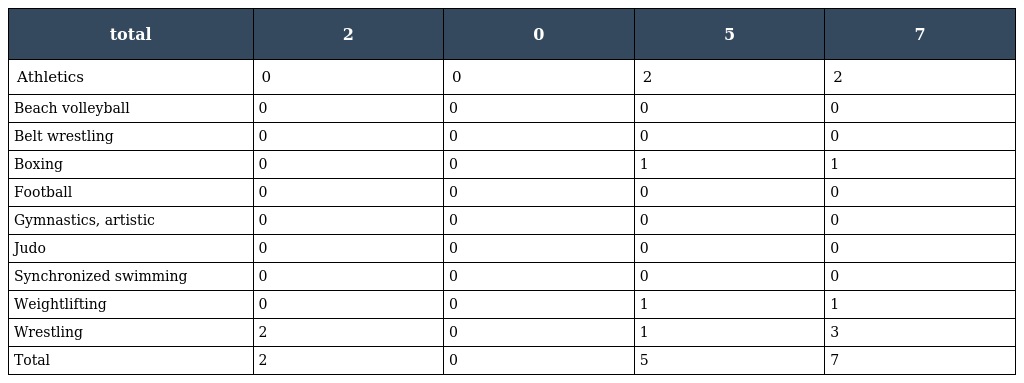
| total | 2 | 0 | 5 | 7 |
 | --- | --- | --- | --- | --- |
 | Athletics | 0 | 0 | 2 | 2 |
 | Beach volleyball | 0 | 0 | 0 | 0 |
 | Belt wrestling | 0 | 0 | 0 | 0 |
 | Boxing | 0 | 0 | 1 | 1 |
 | Football | 0 | 0 | 0 | 0 |
 | Gymnastics, artistic | 0 | 0 | 0 | 0 |
 | Judo | 0 | 0 | 0 | 0 |
 | Synchronized swimming | 0 | 0 | 0 | 0 |
 | Weightlifting | 0 | 0 | 1 | 1 |
 | Wrestling | 2 | 0 | 1 | 3 |
 | Total | 2 | 0 | 5 | 7 |